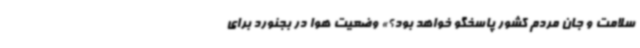
سلامت و جان مردم کشور پاسخگو خواهد بود؟» وضعیت هوا در بجنورد برای